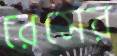
রেসের